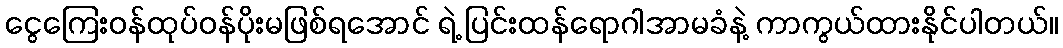
ငွေကြေးဝန်ထုပ်ဝန်ပိုးမဖြစ်ရအောင် ရဲ့ ပြင်းထန်ရောဂါအာမခံနဲ့ ကာကွယ်ထားနိုင်ပါတယ်။